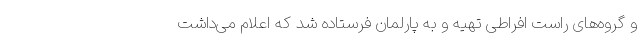
و گروه‌های راست افراطی تهیه و به پارلمان فرستاده شد که اعلام می‌داشت